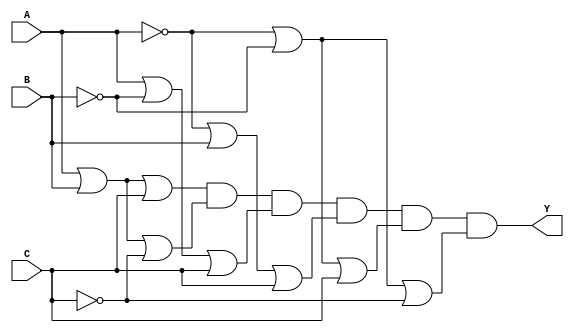
module product_of_sums (
    input wire A,  // Input A
    input wire B,  // Input B
    input wire C,  // Input C
    output wire Y  // Output Y
);

// The POS expression: (A + B + C)(A + B + C')(A + B' + C)(A' + B + C)(A' + B' + C)(A' + B' + C')
assign Y = (A | B | C) & (A | B | ~C) & (A | ~B | C) & (~A | B | C) & (~A | ~B | C) & (~A | ~B | ~C);

endmodule